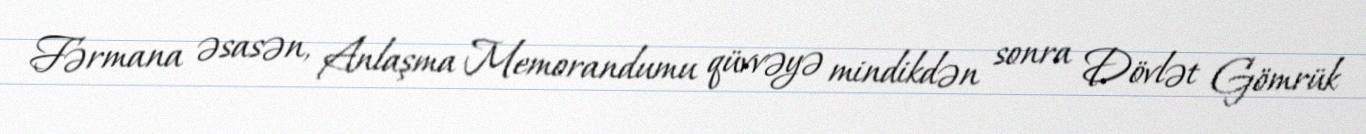
Fərmana əsasən, Anlaşma Memorandumu qüvvəyə mindikdən sonra Dövlət Gömrük